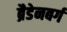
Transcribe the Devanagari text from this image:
ब्रैडेनबर्ग